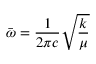
{ \bar { \boldsymbol { \omega } } } = { \frac { 1 } { 2 \pi c } } { \sqrt { \frac { k } { \mu } } }